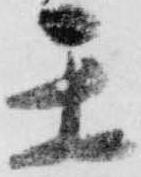
閏